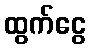
ထွက်ငွေ